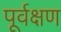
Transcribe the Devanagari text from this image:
पूर्वक्षण